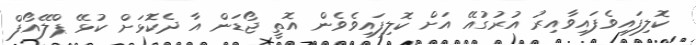
ކޮލިފައިވެފައިވާއިރު އުރުގުއޭ އަށް ކޮލިފައިވެވެން އޮތީ ޖޯޑަން އާ ދެކޮޅަށް ކުޅޭ ޕްލޭއޯފް